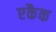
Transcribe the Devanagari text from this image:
एकैक